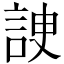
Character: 䛕